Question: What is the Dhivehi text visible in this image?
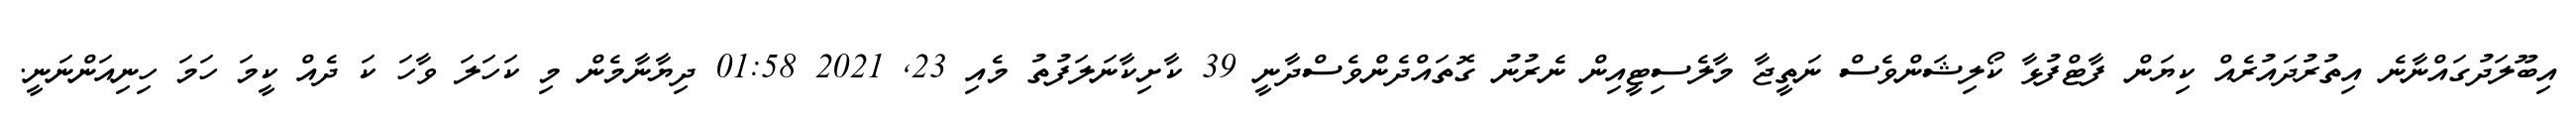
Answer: އިބޫލަދުގައްނާނެ އިތުރުދައުރެއް ކިޔަން ފާޓްފުޅާ ކޯލިޝަންވެސް ނަތީޖާ މާލެސިޓީއިން ނެރުނު ގޮތައްދެންވެސްދާނީ 39 ކާށިކާނަލަފުތު މެއި 23, 2021 01:58 ދިޔާނާމެން މި ކަހަލަ ވާހަ ކަ ދެއް ކީމަ ހަމަ ހިނިއަންނަނީ.